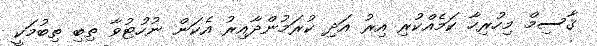
ޤާސިމް މިހުރިހާ ކަމެއްކުރި އިރު އަދި ކުރަމުންދާއިރު އެކަން ނުހުޓުވާ ތިބި ތިބުމަކީ